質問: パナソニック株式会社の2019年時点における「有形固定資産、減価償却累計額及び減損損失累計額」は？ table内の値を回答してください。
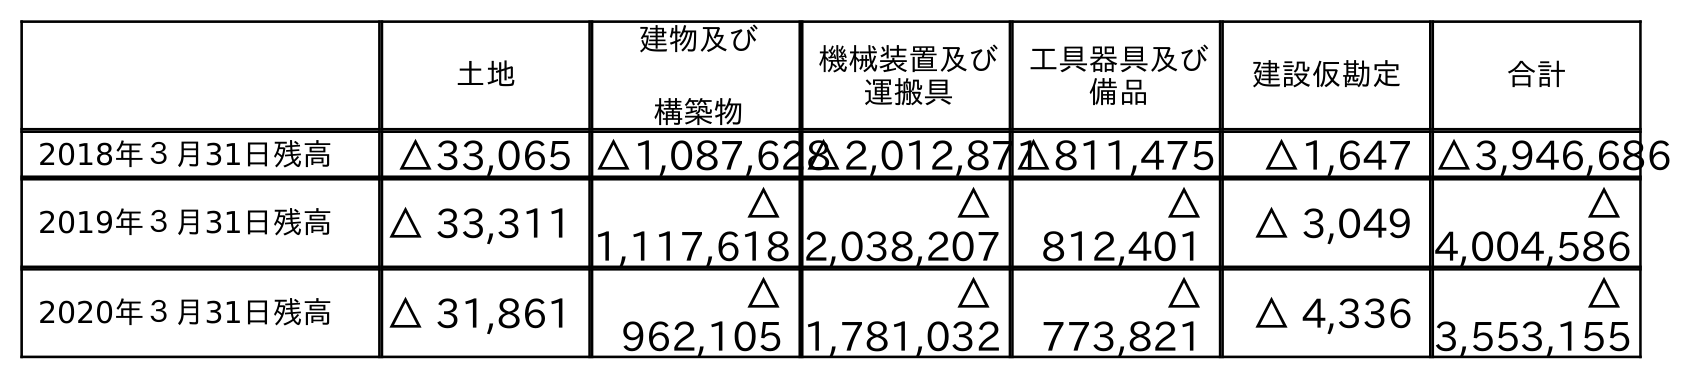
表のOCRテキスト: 土地 建物及び 構築物 機械装置及び 運搬具 工具器具及び 備品 建設仮勘定 合計 2018年３月31日残高 △33,065 △1,087,628△2,012,871△811,475 △1,647 △3,946,686 2019年３月31日残高 △ 33,311 △ 1,117,618 △ 2,038,207 △ 812,401 △ 3,049 △ 4,004,586 2020年３月31日残高 △ 31,861 △ 962,105 △ 1,781,032 △ 773,821 △ 4,336 △ 3,553,155
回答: △4,004,586